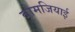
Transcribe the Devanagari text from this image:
बोमजियाई